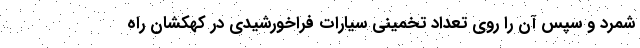
شمرد و سپس آن را روی تعداد تخمینی سیارات فراخورشیدی در کهکشان راه